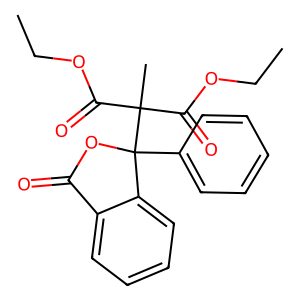
SMILES: CCOC(=O)C(C)(C(=O)OCC)C1(c2ccccc2)OC(=O)c2ccccc21
Inhibits HIV replication: No